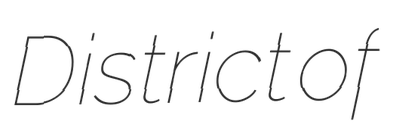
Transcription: District of